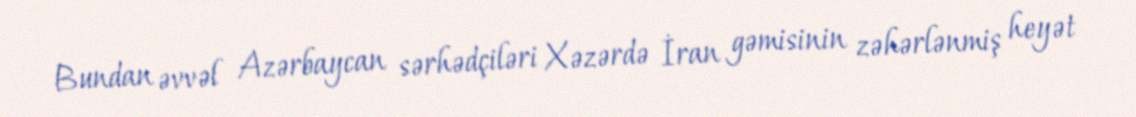
Bundan əvvəl Azərbaycan sərhədçiləri Xəzərdə İran gəmisinin zəhərlənmiş heyət